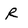
Character: R